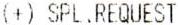
(+) SPL.REQUEST